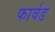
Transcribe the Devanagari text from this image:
फार्वड